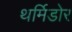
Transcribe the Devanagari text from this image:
थर्मिडोर